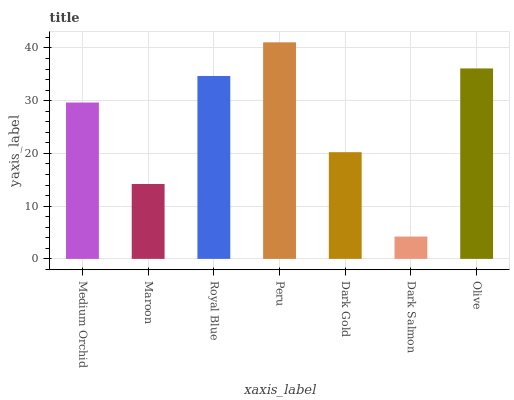
| xaxis_label | bars |
 | --- | --- |
 | Medium Orchid | 29.6 |
 | Maroon | 14.2 |
 | Royal Blue | 34.7 |
 | Peru | 41.1 |
 | Dark Gold | 20.2 |
 | Dark Salmon | 4.23 |
 | Olive | 36.1 |